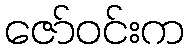
ဇော်ဝင်းက